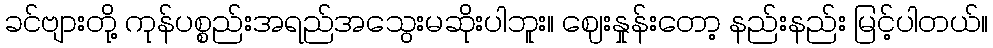
ခင်ဗျားတို့ ကုန်ပစ္စည်းအရည်အသွေးမဆိုးပါဘူး။ ဈေးနှုန်းတော့ နည်းနည်း မြင့်ပါတယ်။